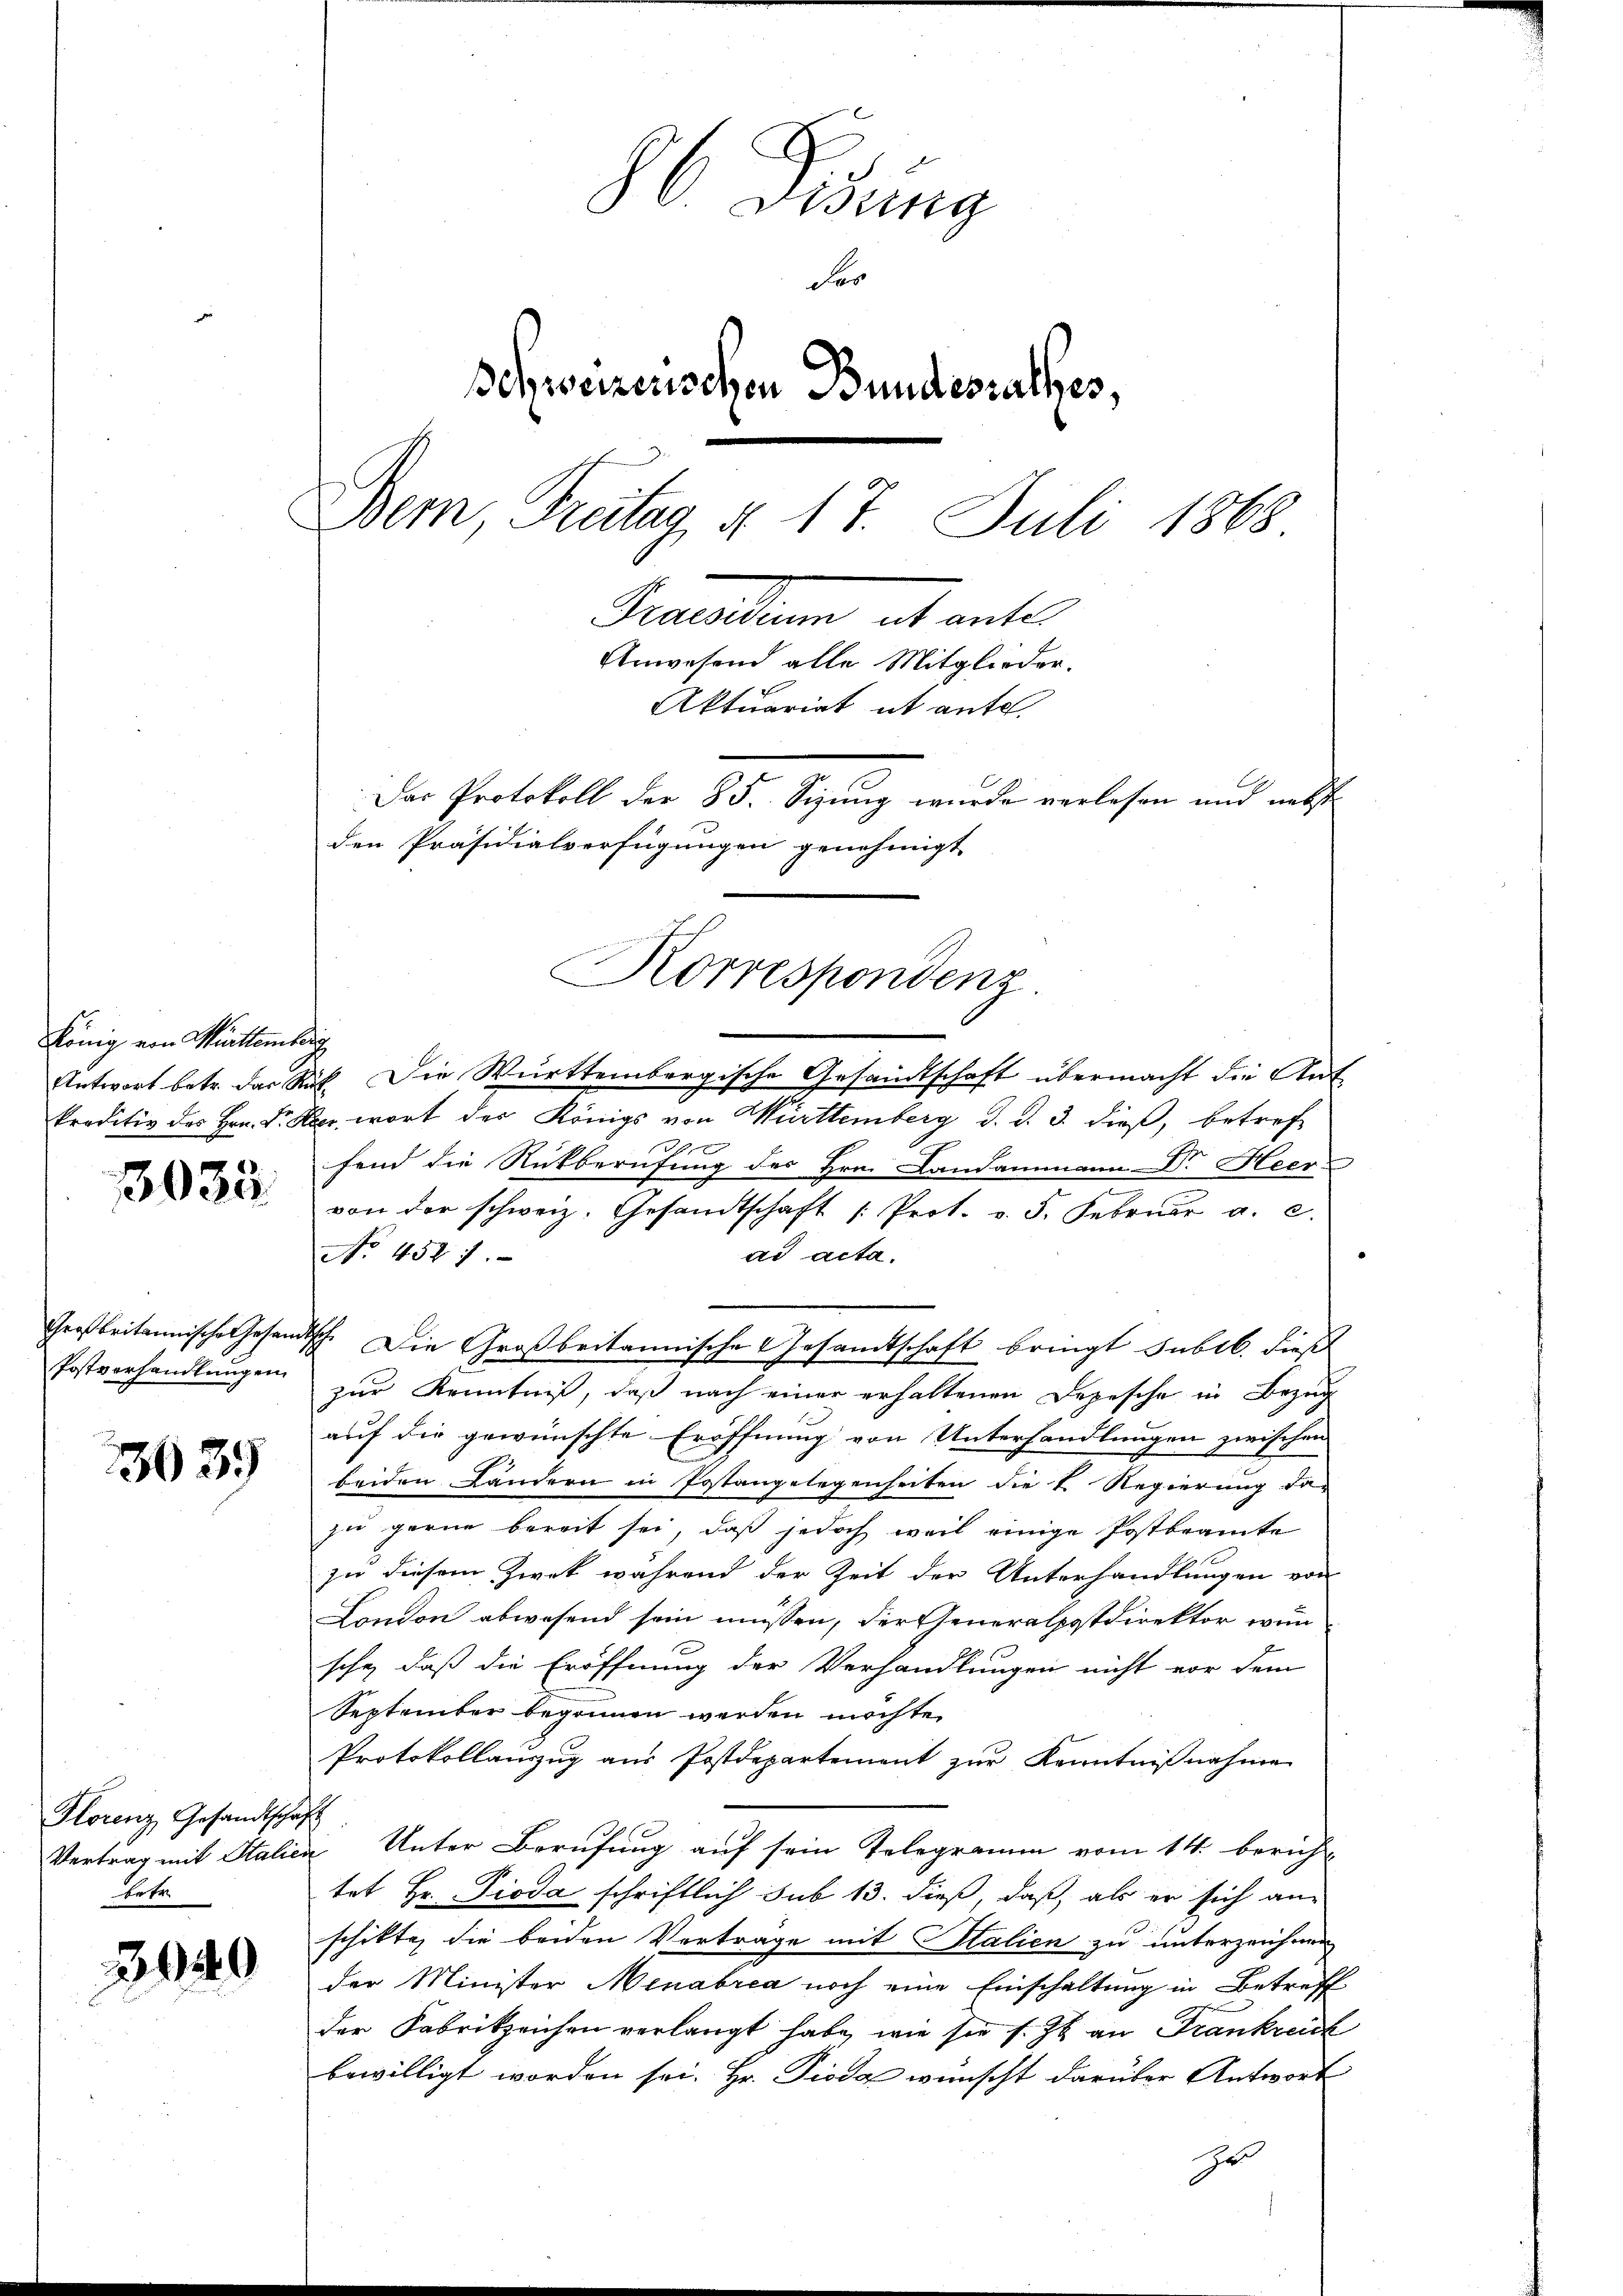
König von Württemberg

3033

Postverhandlungen

3639

Florenz, Gesandtscha
Vertrag mit Italie
Er tr

3040

C. Visung
For
Schweizerischen Bundesrathes,
Bem, Freitag, d. 17. Juli 1868
Pratten als ante
Anwesend alle Mitglieder.
Aktuariat it aufe.
Das Protokoll der 85. Sizung wurde verlesen und nebst
den Präsidialverfügungen genehmigt

Korrespondenz

Antwort betr. das Rat. Die Württembergische Gesandtschaft übermacht die Ant
kreditiv des Hrn. Fr. Kr. wort der Königs von Württemberg d. d. 3. dieß, betreffend die Rückberufung des Hrn. Landammann Dr. Heer-
von der schweiz. Gesandtschaft |: Prot. v. 3. Februar a. c.
No 4587.
ad acta.
Großbritannische Gesandtsch. Die Großbritannische Gesamtschaft bringt subib. dies
zur Kenntniß, daß nach einer erhaltenen Depesche in Bezug
auf die gewünschte Eröffnung von Unterhandlungen zwischen
beiden Ländern in Postangelegenheiten die K. Regierung da-
zu gerne bereit sei, daß jedoch weil einige Postbeamte
zu diesem Zwek während der Zeit der Unterhandlungen von
London abwesend sein müssen, der Generalpostdirektor wunsche, daß die Eröffnung der Verhandlungen nicht vor dem
September begonnen werden möchte.
Protokollauszug aus Postdepartement zur Kenntnißnahme
h
u Unter Berufung auf sein Telegramm vom 14. berichtet Hr. Pioda schriftlich sub 13. dieß, daß als er sich an
schikte, die beiden Verträge mit Salien zu unterzeichnen
der Minister Menabrea noch eine Einschaltung in Betreff
der Fabrikzeichen verlangt habe, wie sie s. Zt. an Frankreich
bewilligt worden sei. Hr. Pioda wünscht darüber Antwort
Er